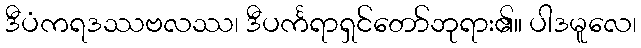
ဒီပံကရဒဿဗလဿ၊ ဒီပင်္ကရာရှင်တော်ဘုရား၏။ ပါဒမူလေ၊